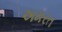
અમરત